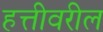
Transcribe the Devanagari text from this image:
हत्तीवरील